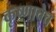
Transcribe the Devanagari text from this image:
कृष्णाचेच